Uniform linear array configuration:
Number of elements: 4
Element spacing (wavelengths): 1
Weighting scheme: hann
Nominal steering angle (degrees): -45
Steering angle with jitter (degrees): -43.72
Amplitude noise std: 0.05
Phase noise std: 0.05

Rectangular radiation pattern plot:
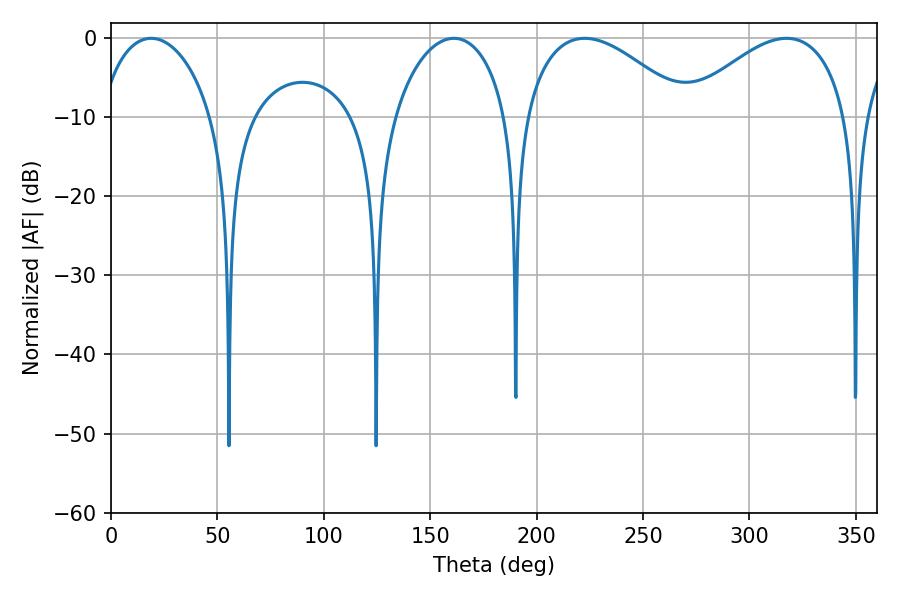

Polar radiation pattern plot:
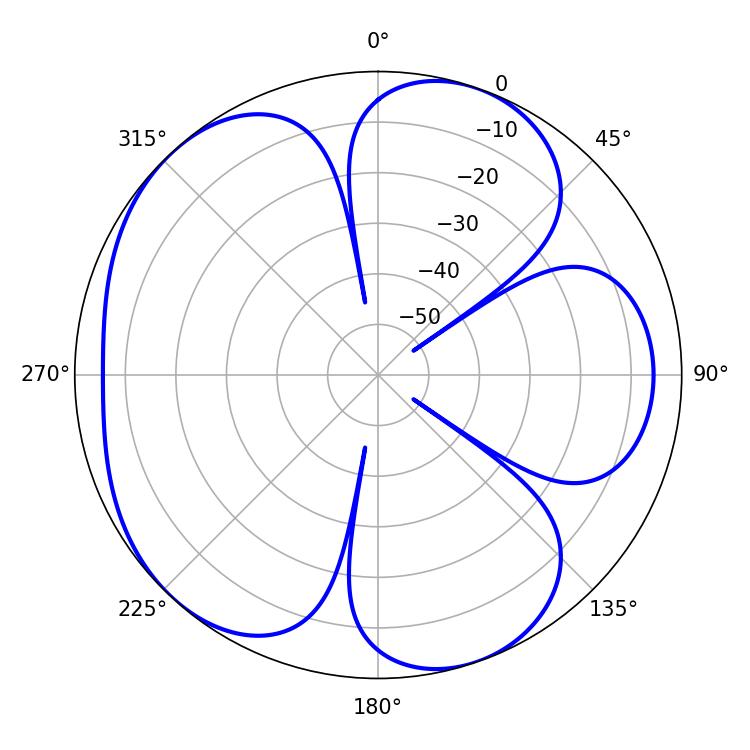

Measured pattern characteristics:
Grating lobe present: TRUE
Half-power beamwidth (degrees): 30.6
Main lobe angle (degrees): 18.9